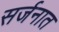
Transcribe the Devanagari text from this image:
सर्जनात